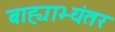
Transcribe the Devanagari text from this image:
बाह्याभ्यंतर